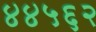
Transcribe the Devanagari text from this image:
४४५६२